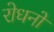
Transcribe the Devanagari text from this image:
रोधनों